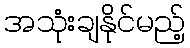
အသုံးချနိုင်မည့်